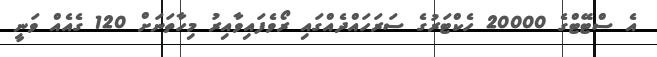
އެ ސްޓޭޓްގެ 20000 ހެކްޓަރުގެ ސަރަހައްދެއްގައި ރޯވެފައިވާއިރު މިހާތަނަށް 120 ގެއެއް ވަނީ